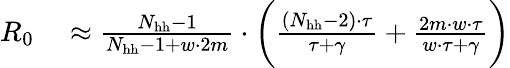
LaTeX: \begin{array}{rl}{R_{0}}&{{}\approx\frac{N_{\mathrm{hh}}-1}{N_{\mathrm{hh}}-1+w\cdot 2m}\cdot\bigg(\frac{(N_{\mathrm{hh}}-2)\cdot\tau}{\tau+\gamma}+\frac{2m\cdot w\cdot\tau}{w\cdot\tau+\gamma}\bigg)}\end{array}